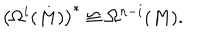
LaTeX: \left( \Omega ^ { i } ( M ) \right) ^ { * } \cong \Omega ^ { n - i } ( M ) .